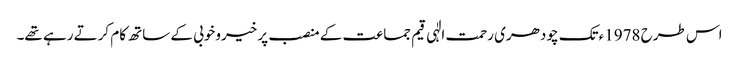
اس طرح 1978ءتک چودھری رحمت الٰہی قیم جماعت کے منصب پر خیروخوبی کے ساتھ کام کرتے رہے تھے۔